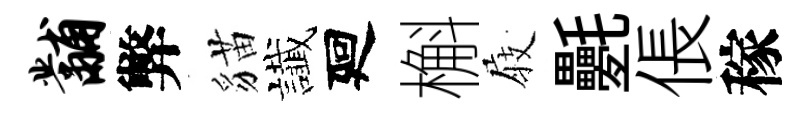
黼弊貓䜟廻槲𡲆氎倀稼